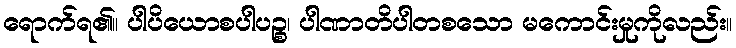
ရောက်ရ၏။ ပါပိယောစပါပဉ္စ၊ ပါဏာတိပါတစသော မကောင်းမှုကိုလည်း။